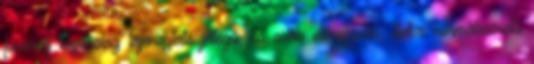
fuvardíj kizárólag tájékoztató jellegű, és csak előrefizetés, illetve normálméretű